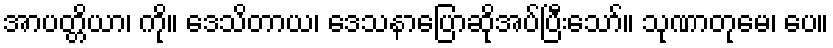
အာပတ္တိယာ၊ ကို။ ဒေသိတာယ၊ ဒေသနာပြောဆိုအပ်ပြီးသော်။ သုဏာတုမေ၊ ပေ။